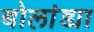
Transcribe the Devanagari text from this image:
बोलांड्या